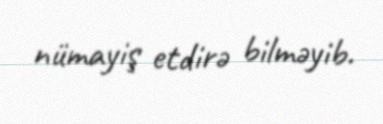
nümayiş etdirə bilməyib.